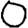
Digit: 0